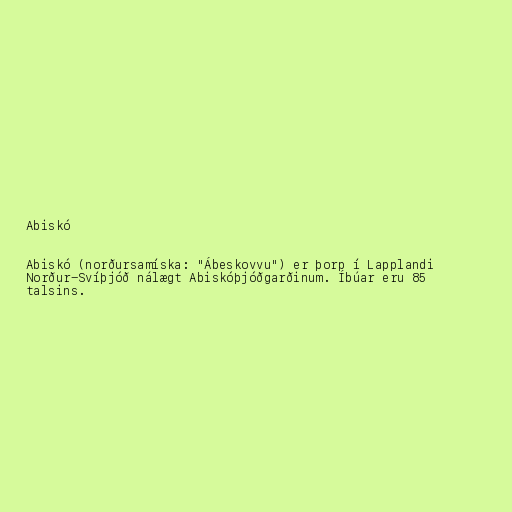
Abiskó

Abiskó (norðursamíska: "Ábeskovvu") er þorp í Lapplandi
Norður-Svíþjóð nálægt Abiskóþjóðgarðinum. Íbúar eru 85
talsins.